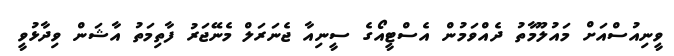
ވީނިއުސްއަށް މައުލޫމާތު ދެއްވަމުން އެސްޓީއޯގެ ސީނިއާ ޖެނަރަލް މެނޭޖަރު ފާތިމަތު އާޝަން ވިދާޅުވީ